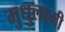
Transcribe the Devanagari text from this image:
मुधुलक्ष्मी